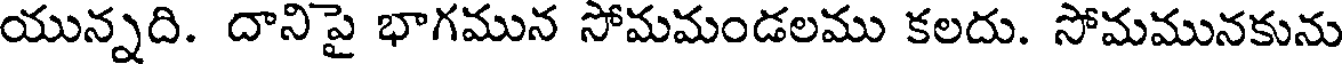
యున్నది. దాని పై భాగమున సోమమండలము కలదు. సోమమునకును